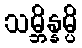
သမ္ဘိန္နမ္ပိ